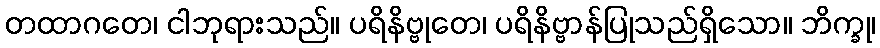
တထာဂတေ၊ ငါဘုရားသည်။ ပရိနိဗ္ဗုတေ၊ ပရိနိဗ္ဗာန်ပြုသည်ရှိသော။ ဘိက္ခု၊